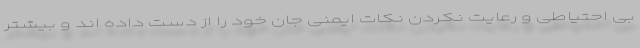
بی احتیاطی و رعایت نکردن نکات ایمنی جان خود را از دست داده اند و بیشتر